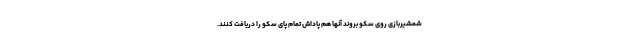
شمشیربازی روی سکو بروند آنها هم پاداش تمام پای سکو را دریافت کنند.